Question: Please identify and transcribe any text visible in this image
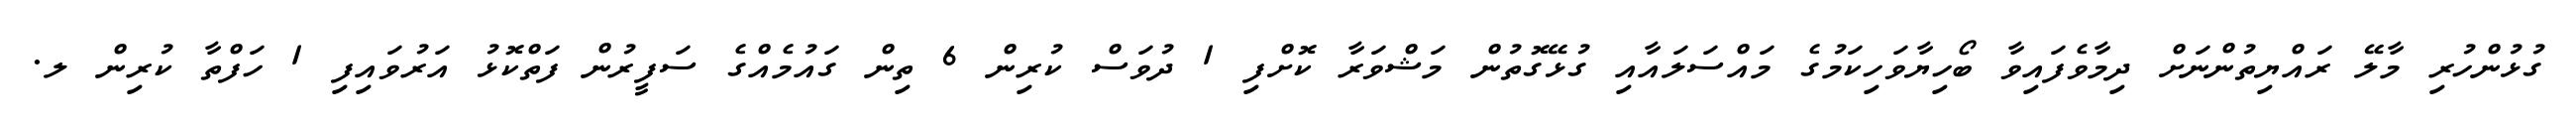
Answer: ގުޅުންހުރި މާލޭ ރައްޔިތުންނަށް ދިމާވެފައިވާ ބޯހިޔާވަހިކަމުގެ މައްސަލައާއި ގުޅޭގޮތުން މަޝްވަރާ ކޮށްފި 1 ދުވަސް ކުރިން 6 ތިން ގައުމެއްގެ ސަފީރުން ފަތްކޮޅު އަރުވައިފި 1 ހަފްތާ ކުރިން ލ.